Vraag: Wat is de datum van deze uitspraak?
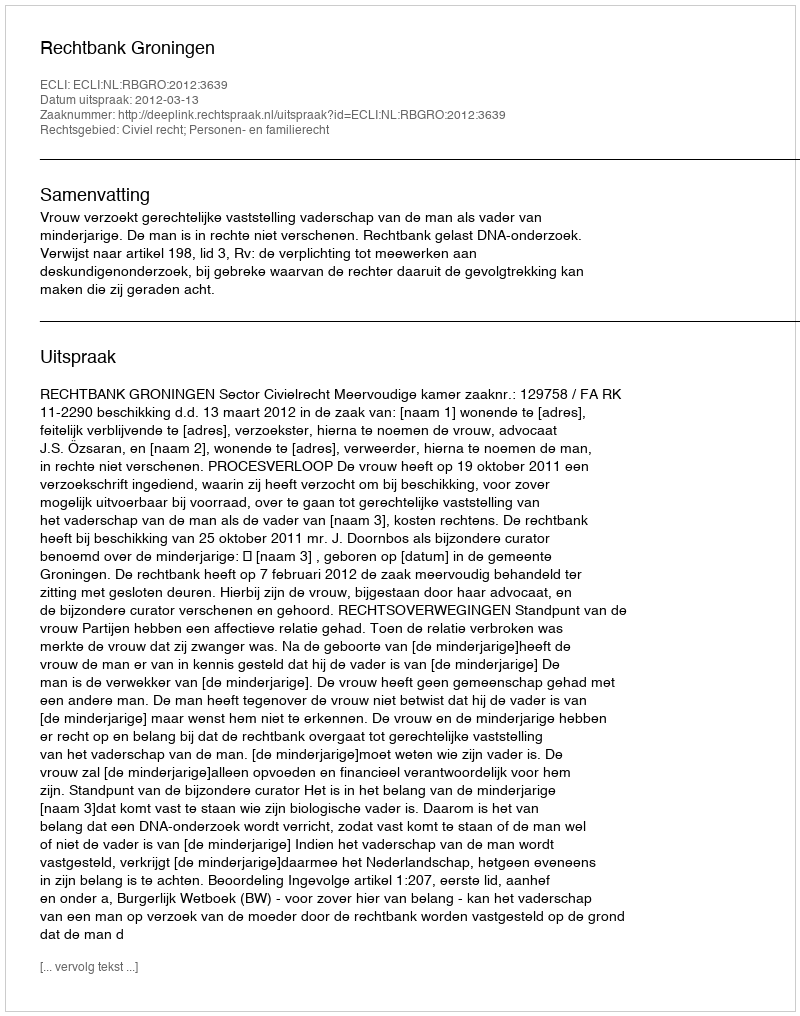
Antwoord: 2012-03-13